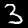
Digit: 3